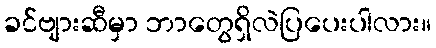
ခင်ဗျားဆီမှာ ဘာတွေရှိလဲပြပေးပါလား။